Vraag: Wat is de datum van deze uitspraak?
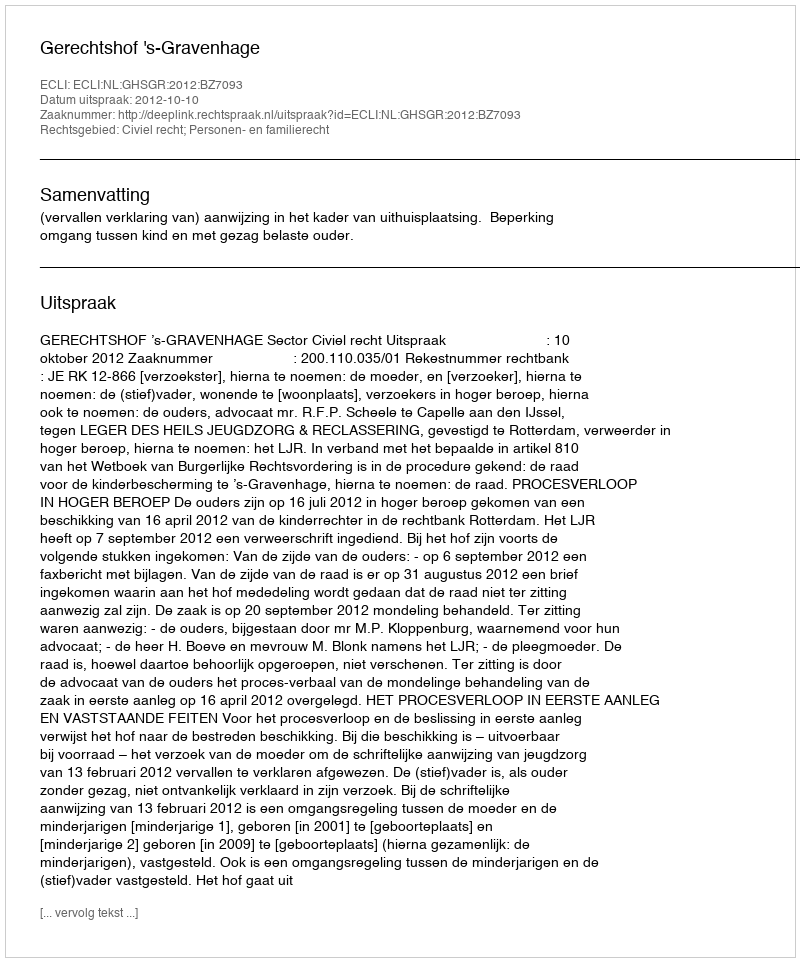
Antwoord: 2012-10-10